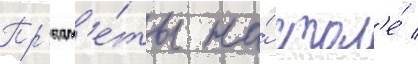
Пр'едм'е́ты на́ стол'е́ /